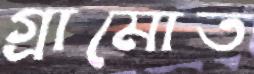
গ্রামোত